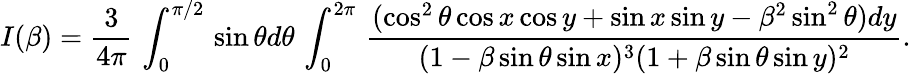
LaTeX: I(\beta)=\frac{3}{4\pi}\, \int_{0}^{\pi/2}\, \sin\theta d\theta\, \int_{0}^{2\pi}\, \frac{(\cos^{2}\theta\cos x\cos y+\sin x\sin y-\beta^{2}\sin^{2}\theta)dy}{(1-\beta\sin\theta\sin x)^{3}(1+\beta\sin\theta\sin y)^{2}}.